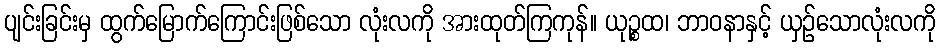
ပျင်းခြင်းမှ ထွက်မြောက်ကြောင်းဖြစ်သော လုံးလကို အားထုတ်ကြကုန်။ ယုဉ္စထ၊ ဘာဝနာနှင့် ယှဉ်သောလုံးလကို